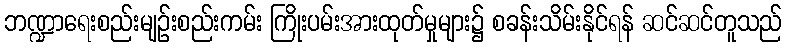
ဘဏ္ဍာရေးစည်းမျဉ်းစည်းကမ်း ကြိုးပမ်းအားထုတ်မှုများ၌ စခန်းသိမ်းနိုင်ရန် ဆင်ဆင်တူသည်